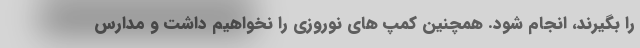
را بگیرند، انجام شود. همچنین کمپ های نوروزی را نخواهیم داشت و مدارس